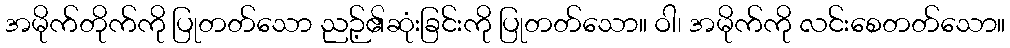
အမိုက်တိုက်ကို ပြုတတ်သော ညဉ့်၏ဆုံးခြင်းကို ပြုတတ်သော။ ဝါ၊ အမိုက်ကို လင်းစေတတ်သော။